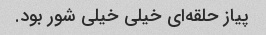
پیاز حلقه‌ای خیلی خیلی شور بود.